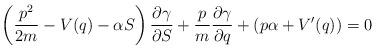
LaTeX: \begin{align*} \left(\frac{p^2}{2m}-V(q)-\alpha S\right)\frac{\partial \gamma}{\partial S}+\frac{p}{m}\frac{\partial \gamma}{\partial q}+(p\alpha+V'(q))=0\end{align*}